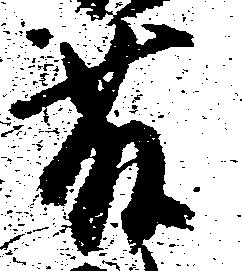
藤